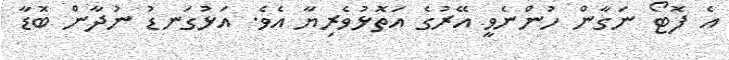
އެ ފޮޓޯ ނަގާން ހުންނެވީ އޭރުގެ އަތޮޅުވެރިޔާ އެވެ. އަޅުގަނޑު ނުދާން ބޮޑާ